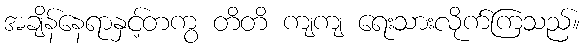
အချိန်နေရာနှင့်တကွ တိတိ ကျကျ ရေးသားလိုက်ကြသည်။